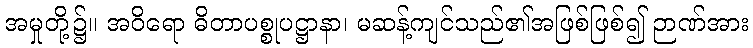
အမှုတို့၌။ အဝိရော ဓိတာပစ္စုပဋ္ဌာနာ၊ မဆန့်ကျင်သည်၏အဖြစ်ဖြစ်၍ ဉာဏ်အား